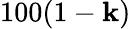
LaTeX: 100(1-\mathbf{k})